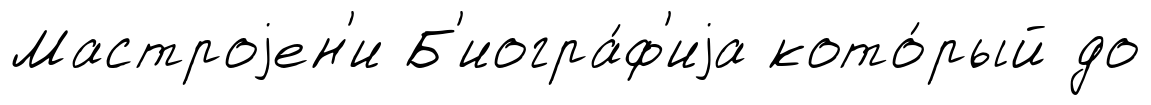
Мастроjен'и Б'иогра́ф'иjа кото́рый до